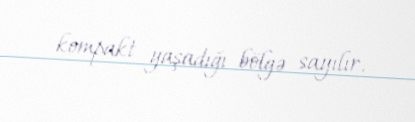
kompakt yaşadığı bölgə sayılır.